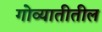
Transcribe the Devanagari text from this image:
गोव्यातीतील